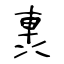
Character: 軣